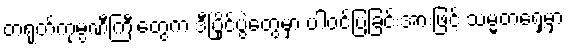
တရုတ်ကုမ္ပဏီကြီးတွေက ဒီပြိုင်ပွဲတွေမှာ ပါဝင်ပြခြင်းအားဖြင့် သမ္မတရှေ့မှာ